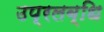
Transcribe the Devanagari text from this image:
उप्रलब्धि